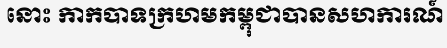
នោះ កាកបាទក្រហមកម្ពុជាបានសហការណ៍